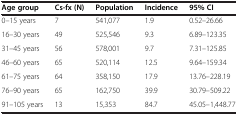
<table><thead><tr><td><b>Age group</b></td><td><b>Cs-fx (N)</b></td><td><b>Population</b></td><td><b>Incidence</b></td><td><b>95% CI</b></td></tr></thead><tbody><tr><td>0–15 years</td><td>7</td><td>541,077</td><td>1.9</td><td>0.52–26.66</td></tr><tr><td>16–30 years</td><td>49</td><td>525,546</td><td>9.3</td><td>6.89–123.35</td></tr><tr><td>31–45 years</td><td>56</td><td>578,001</td><td>9.7</td><td>7.31–125.85</td></tr><tr><td>46–60 years</td><td>65</td><td>520,114</td><td>12.5</td><td>9.64–159.34</td></tr><tr><td>61–75 years</td><td>64</td><td>358,150</td><td>17.9</td><td>13.76–228.19</td></tr><tr><td>76–90 years</td><td>65</td><td>162,750</td><td>39.9</td><td>30.79–509.22</td></tr><tr><td>91–105 years</td><td>13</td><td>15,353</td><td>84.7</td><td>45.05–1,448.77</td></tr></tbody></table>